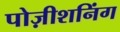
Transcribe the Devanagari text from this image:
पोज़ीशनिंग